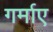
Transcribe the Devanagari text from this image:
गर्माए